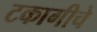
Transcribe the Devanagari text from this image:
टकागीचे